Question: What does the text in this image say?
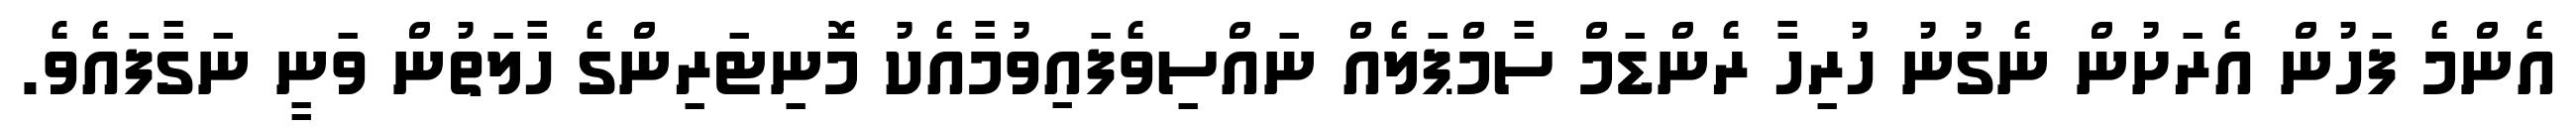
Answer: އެންމެ ފަހުން އެރަށުން ނެގުނު ހުރިހާ ރެންޑަމް ސާމްޕަލެއް ނައްސިވެފައިވުމާއެކު މޮނިޓަރިންގެ ހާލަތުން ވަނީ ނަގާފައެވެ.